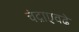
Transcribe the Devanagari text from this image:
चंद्राएवढे